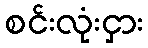
စင်းလုံးငှား